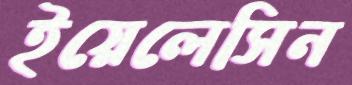
ইয়েলেসিন